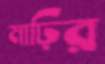
মাঢ়ির